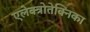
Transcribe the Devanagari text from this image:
एलेक्त्रोतेक्निका